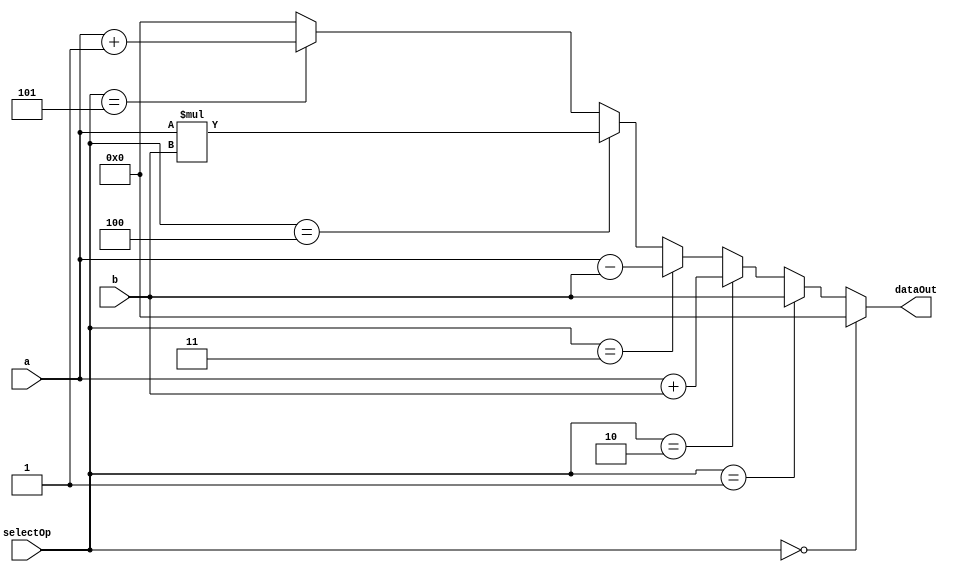
module ALU 
#(parameter WIDTH = 12)
(
    input signed [WIDTH-1:0]a,b,  // a - from Accumulator, b - from data-bus
    input [2:0]selectOp, 
    output signed [WIDTH-1:0]dataOut
);

localparam [2:0]
            clr  =  3'd0,  // ALU operations and their control signals
            pass =  3'd1,
            add  =  3'd2,
            sub  =  3'd3,
            mul  =  3'd4,
            inc  =  3'd5,
            idle =  3'd6;

//output of the ALU is decided as below
assign dataOut =    (selectOp == clr)? {WIDTH{1'b0}}: 
                    (selectOp == pass)? b:
                    (selectOp == add)? a+b:
                    (selectOp == sub)? a-b:
                    (selectOp == mul)? a*b:
                    (selectOp == inc)? a+1'b1:
                    (selectOp == idle)? {WIDTH{1'b0}}:
                    {WIDTH{1'b0}};  // default value is ZERO

endmodule //ALU